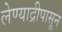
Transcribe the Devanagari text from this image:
लेण्याद्रीपासून